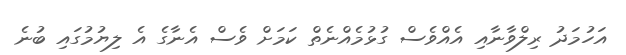
އަހުމަދު ރިލްވާނާއި އެއްވެސް ގުޅުމެއްނެތް ކަމަށް ވެސް އެނާގެ އެ ލިޔުމުގައި ބުނެ